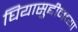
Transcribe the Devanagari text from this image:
घियासुद्दीनच्या